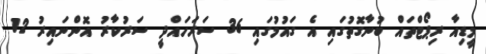
މީޑިއާ ރިޕޯޓްތައް ބުނާގޮތުގައި އެ ގައުމުގައި 36 ސަރަހައްދީ ސަރުކާރު އޮންނައިރު 12